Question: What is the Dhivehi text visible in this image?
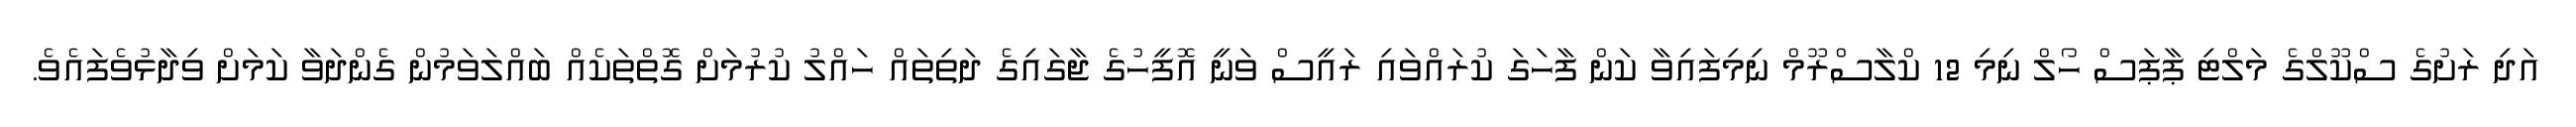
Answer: އަދި ރަށުގެ ސްކޫލްގެ މަލްޓި ޕާޕަސް ހޯލް ނިމި 12 ކްލާސްރޫމް ނިމިފައިވާ ކަން ފާހަގަ ކުރައްވައި ރައީސް ވަނީ އޮފީހުގެ ޖާގައިގެ ދަތިތައް ހައްލު ކުރުމަށް ގޮތްތަކެއް ބައްލަވަމުން ގެންދަވާ ކަމަށް ވިދާޅުވެފައެވެ.